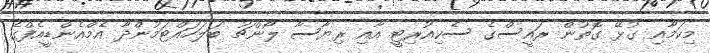
މިކަމާއި ގުޅޭ ގޮތުން ރައީސްގެ ސެކިއުރިޓީ އާއި ރިޔާސާ ލޯންޗު ބަލަހައްޓަމުންދާ އެމްއެންޑީއެފްގެ